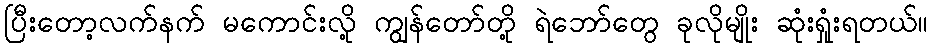
ပြီးတော့လက်နက် မကောင်းလို့ ကျွန်တော်တို့ ရဲဘော်တွေ ခုလိုမျိုး ဆုံးရှုံးရတယ်။